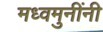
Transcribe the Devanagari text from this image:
मध्वमुनींनी